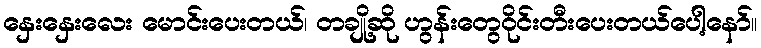
နှေးနှေးလေး မောင်းပေးတယ်၊ တချို့ဆို ဟွန်းတွေဝိုင်းတီးပေးတယ်ပေါ့နော်။